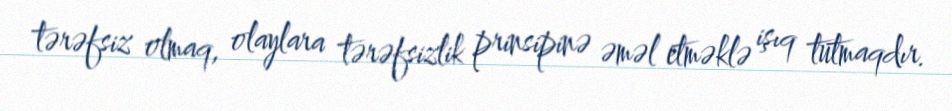
tərəfsiz olmaq, olaylara tərəfsizlik prinsipinə əməl etməklə işıq tutmaqdır.